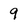
Character: 9